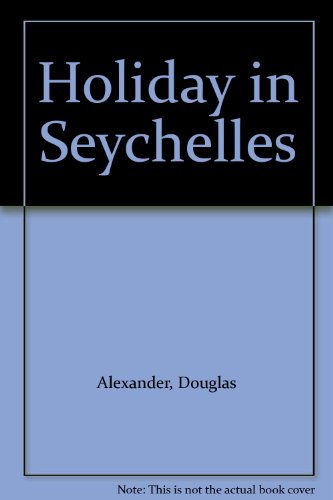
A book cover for Holiday in Seychelles; Douglas Alexander; Travel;